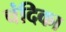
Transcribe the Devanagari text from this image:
चंदिका